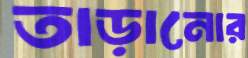
তাড়ানোর